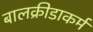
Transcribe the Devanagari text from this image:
बालक्रीडाकर्म